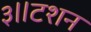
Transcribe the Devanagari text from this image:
३॥टशन